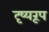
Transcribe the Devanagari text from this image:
दृष्यरूप